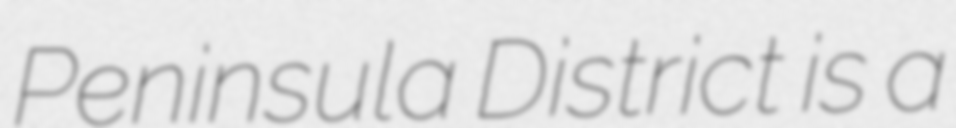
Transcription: Peninsula District is a